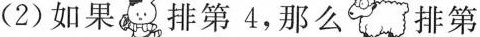
(2)如果 排第4，那么 排第